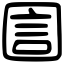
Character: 圁